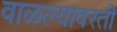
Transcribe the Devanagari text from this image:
वाळल्यावरती